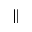
\parallel